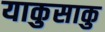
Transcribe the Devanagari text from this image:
याकुसाकु